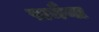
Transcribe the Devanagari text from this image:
रामैया